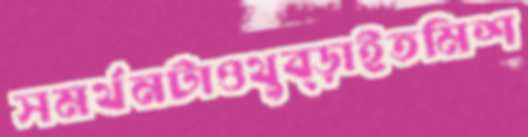
সমর্থনটাওথুব্‌ড়াইতমিশ